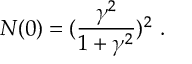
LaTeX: N ( 0 ) = ( \frac { \gamma ^ { 2 } } { 1 + \gamma ^ { 2 } } ) ^ { 2 } \ .